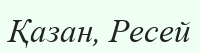
Қазан, Ресей